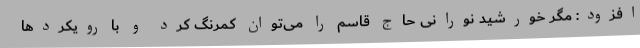
افزود: مگر خورشید نورانی حاج قاسم را می‌توان کمرنگ کرد و با رویکردها